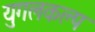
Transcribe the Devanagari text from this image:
युगलकल्प